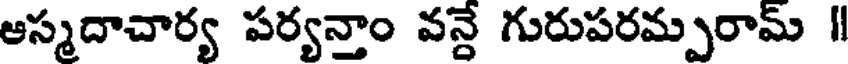
ఆస్మదాచార్య పర్యన్తాం వన్దే గురుపరమ్పరామ్